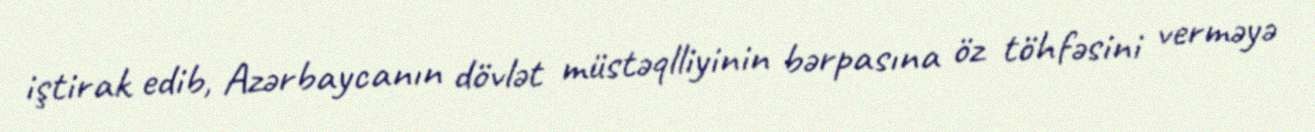
iştirak edib, Azərbaycanın dövlət müstəqlliyinin bərpasına öz töhfəsini verməyə